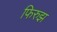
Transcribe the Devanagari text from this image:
फिरुझ